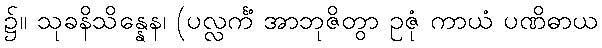
၌။ သုခနိသိန္နေန၊ (ပလ္လင်္ကံ အာဘုဇိတွာ ဥဇုံ ကာယံ ပဏိဓာယ